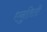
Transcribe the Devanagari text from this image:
एनुतिती